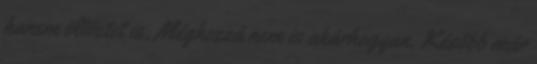
hanem öltöztet is. Méghozzá nem is akárhogyan. Később már